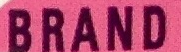
BRAND